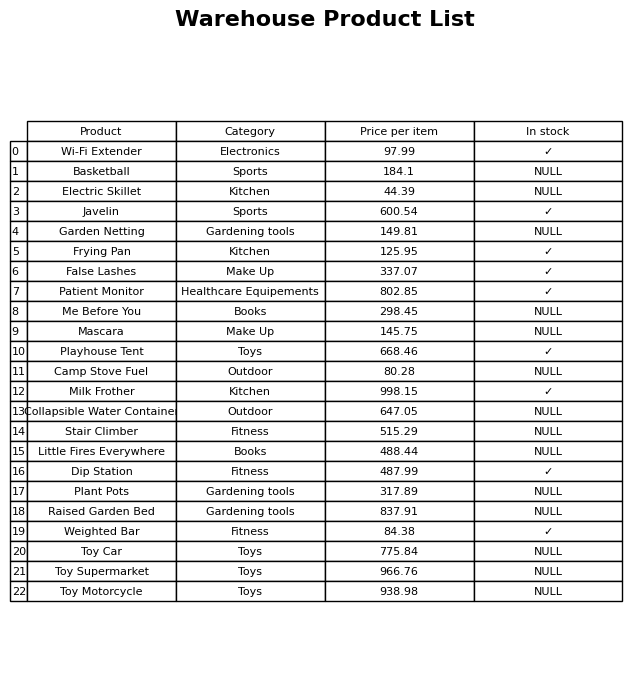
question: What is the price of the Weighted Bar?
answer: The price of Weighted Bar is 84.38.